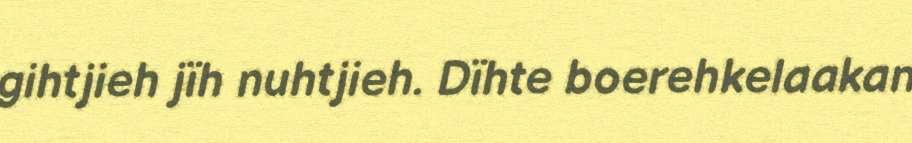
gihtjieh jïh nuhtjieh. Dïhte boerehkelaakan